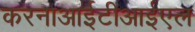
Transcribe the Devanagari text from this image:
करनाआईटीआईएल